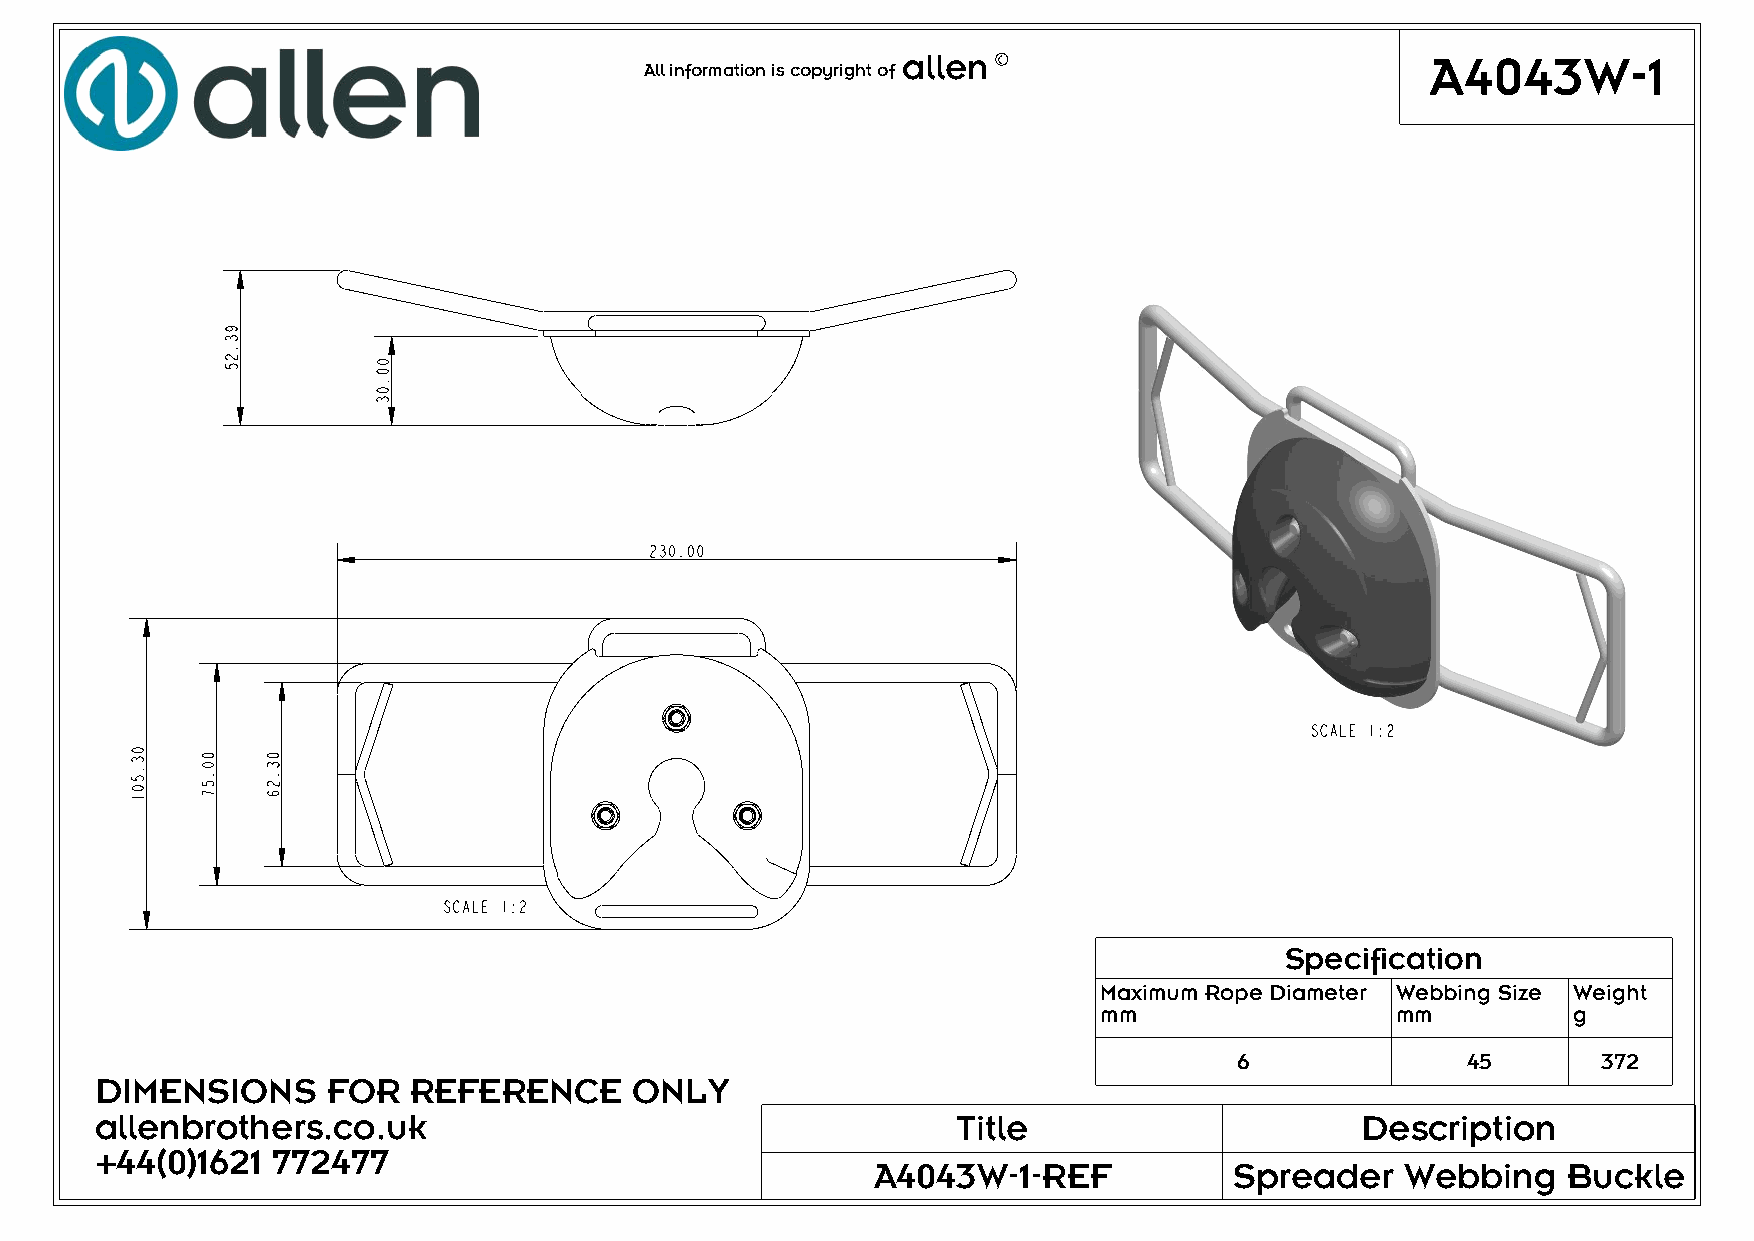
allen                              A4043W-1
 AAllll iinnffoorrmmaattiioonn iiss ccooppyyrriigghhtt ooff c
 230.00
 SCALE 1:2
 SCALE 1:2
 Specification
 Maximum Rope Diameter Webbing Size Weight
 mm                 mm          g
 6              45       372
 DIMENSIONS      FOR  REFERENCE      ONLY
 allenbrothers.co.uk                                      Title                      Description
 +44(0)1621  772477
 A4043W-1-REF            Spreader   Webbing    Buckle
 03.501 00.57
 93.25
 03.26
 00.03